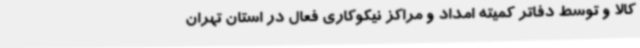
کالا و توسط دفاتر کمیته امداد و مراکز نیکوکاری فعال در استان تهران